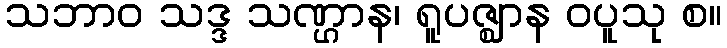
သဘာဝ သဒ္ဒ သဏ္ဌာန၊ ရူပဇ္ဈာန ဝပူသု စ။